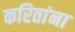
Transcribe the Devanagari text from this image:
करितांना